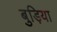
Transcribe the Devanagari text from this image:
बुड़िया